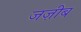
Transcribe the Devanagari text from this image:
जज़ीब